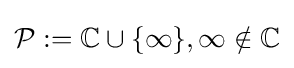
{\mathcal {P}}:=\mathbb {C} \cup \{\infty \},\infty \notin \mathbb {C}